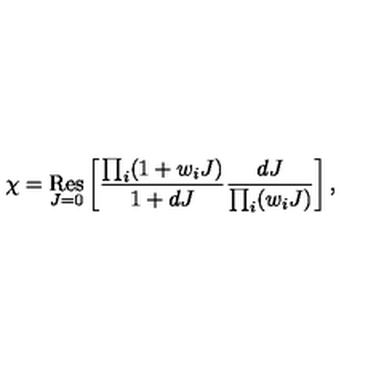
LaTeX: \chi = \mathop { \mathrm { R e s } } _ { J = 0 } \left[ \frac { \prod _ { i } ( 1 + w _ { i } J ) } { 1 + d J } \frac { d J } { \prod _ { i } ( w _ { i } J ) } \right] ,